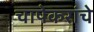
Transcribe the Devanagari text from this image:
चापेकरांचे